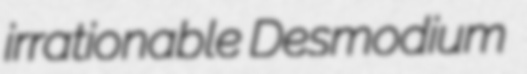
irrationable Desmodium